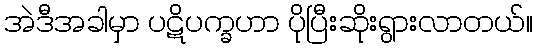
အဲဒီအခါမှာ ပဋိပက္ခဟာ ပိုပြီးဆိုးရွားလာတယ်။